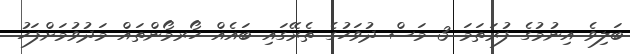
ބަލިވެ އިނުމުގެ ފުރަތަމަ 3 މަސް ދުވަހުގެ ތެރޭގައި ބައެއް ހޯރމޯންތައް މަދުވުމަށްފަހު